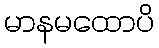
မာနမထောပိ